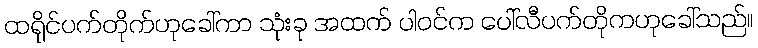
ထရိုင်ပက်တိုက်ဟုခေါ်ကာ သုံးခု အထက် ပါဝင်က ပေါ်လီပက်တိုကဟုခေါ်သည်။